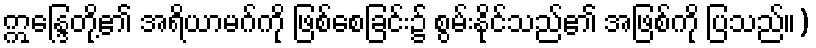
ဣန္ဒြေတို့၏ အရိယာမဂ်ကို ဖြစ်စေခြင်း၌ စွမ်းနိုင်သည်၏ အဖြစ်ကို ပြသည်။)